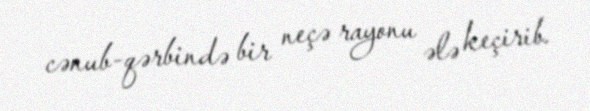
cənub-qərbində bir neçə rayonu ələ keçirib.